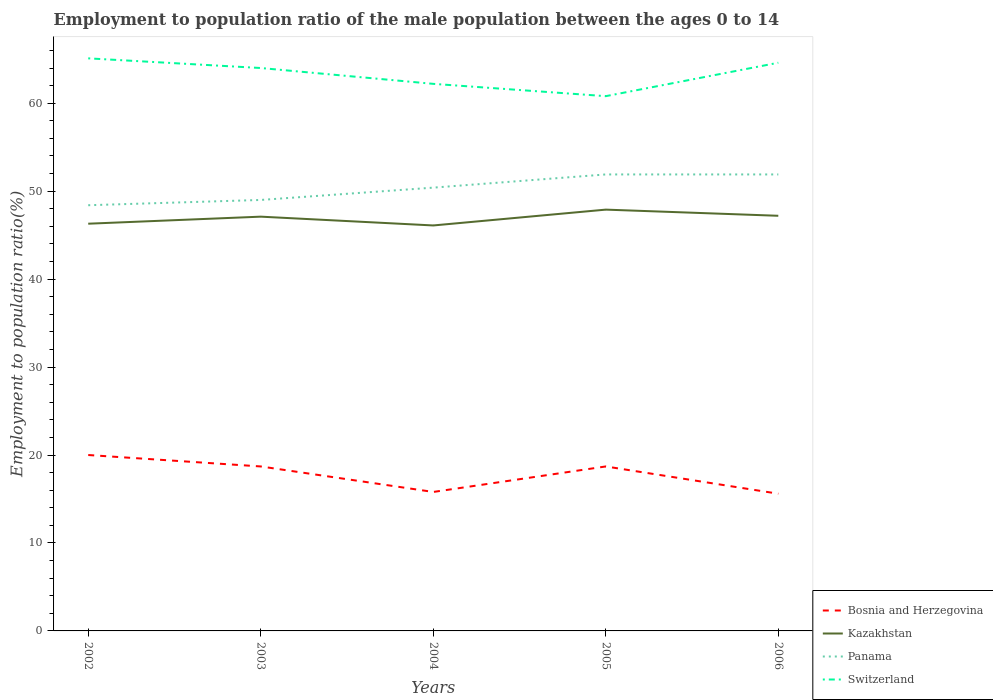
| Years | Bosnia and Herzegovina | Kazakhstan | Panama | Switzerland |
 | --- | --- | --- | --- | --- |
 | 2002 | 20 | 46.3 | 48.4 | 65.1 |
 | 2003 | 18.7 | 47.1 | 49 | 64 |
 | 2004 | 15.8 | 46.1 | 50.4 | 62.2 |
 | 2005 | 18.7 | 47.9 | 51.9 | 60.8 |
 | 2006 | 15.6 | 47.2 | 51.9 | 64.6 |